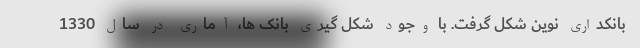
بانکداری نوین شکل گرفت. با وجود شکل گیری بانک ها، آماری در سال 1330